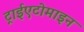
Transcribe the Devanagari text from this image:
ट्राईएटोमाइन